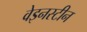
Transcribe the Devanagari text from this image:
वेइनस्टीन